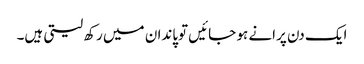
ایک دن پرانے ہو جائیں توپاندان میں رکھ لیتی ہیں۔